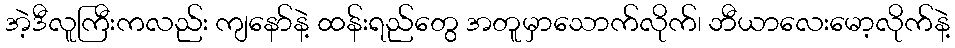
အဲ့ဒီလူကြီးကလည်း ကျနော်နဲ့ ထန်းရည်တွေ အတူမှာသောက်လိုက်၊ ဘီယာလေးမော့လိုက်နဲ့